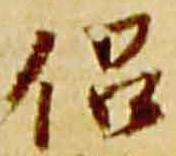
侶